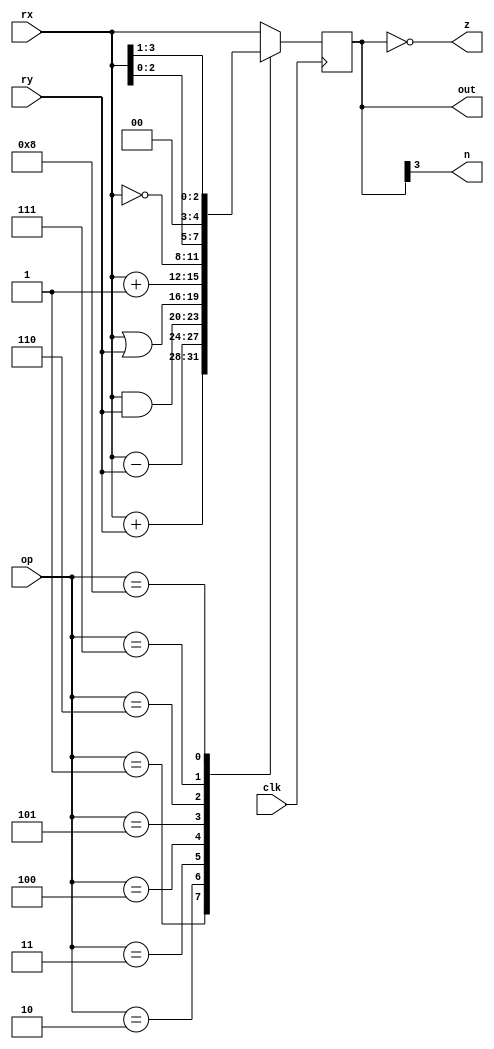
// Arithmetic logic unit
module alu (
    input clk,
    input [3:0] op,
    input [3:0] rx,
    input [3:0] ry,
    output reg [3:0] out,
    output z,
    output n
);

    assign z = (out == 4'b0000);
    assign n = out[3];

    always @(posedge clk) begin
        out = rx;

        case (op)
            4'b0001: out = rx + ry; // add
            4'b0010: out = rx - ry; // sub
            4'b0011: out = rx & ry; // and
            4'b0100: out = rx | ry; // or
            4'b0101: out = rx + 1; // inc
            4'b0110: out = ~rx; // not
            4'b0111: out = rx << 1; // lsl
            4'b1000: out = rx >> 1; // lsr
        endcase
    end
endmodule